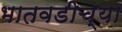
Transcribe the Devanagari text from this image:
भातवडीच्या